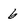
Character: 6